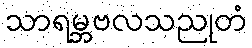
သာရမ္ဘဗလသညုတံ